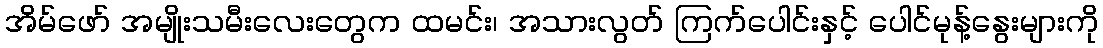
အိမ်ဖော် အမျိုးသမီးလေးတွေက ထမင်း၊ အသားလွတ် ကြက်ပေါင်းနှင့် ပေါင်မုန့်နွေးများကို